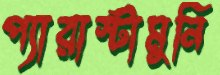
প্যারাস্টামুনি